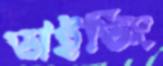
ডাইভিং